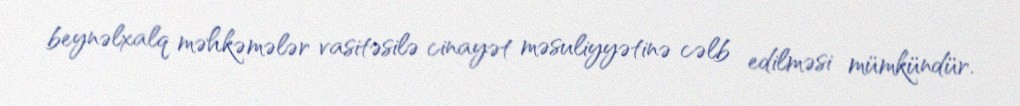
beynəlxalq məhkəmələr vasitəsilə cinayət məsuliyyətinə cəlb edilməsi mümkündür.